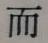
而